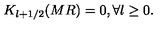
K _ { l + 1 / 2 } ( M R ) = 0 , \forall l \geq 0 .